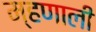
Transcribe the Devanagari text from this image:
म्‍हणाली